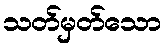
သတ်မှတ်သော